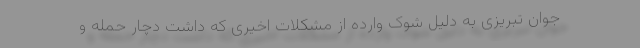
جوان تبریزی به دلیل شوک وارده از مشکلات اخیری که داشت دچار حمله و